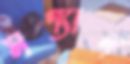
মর্গ্যান